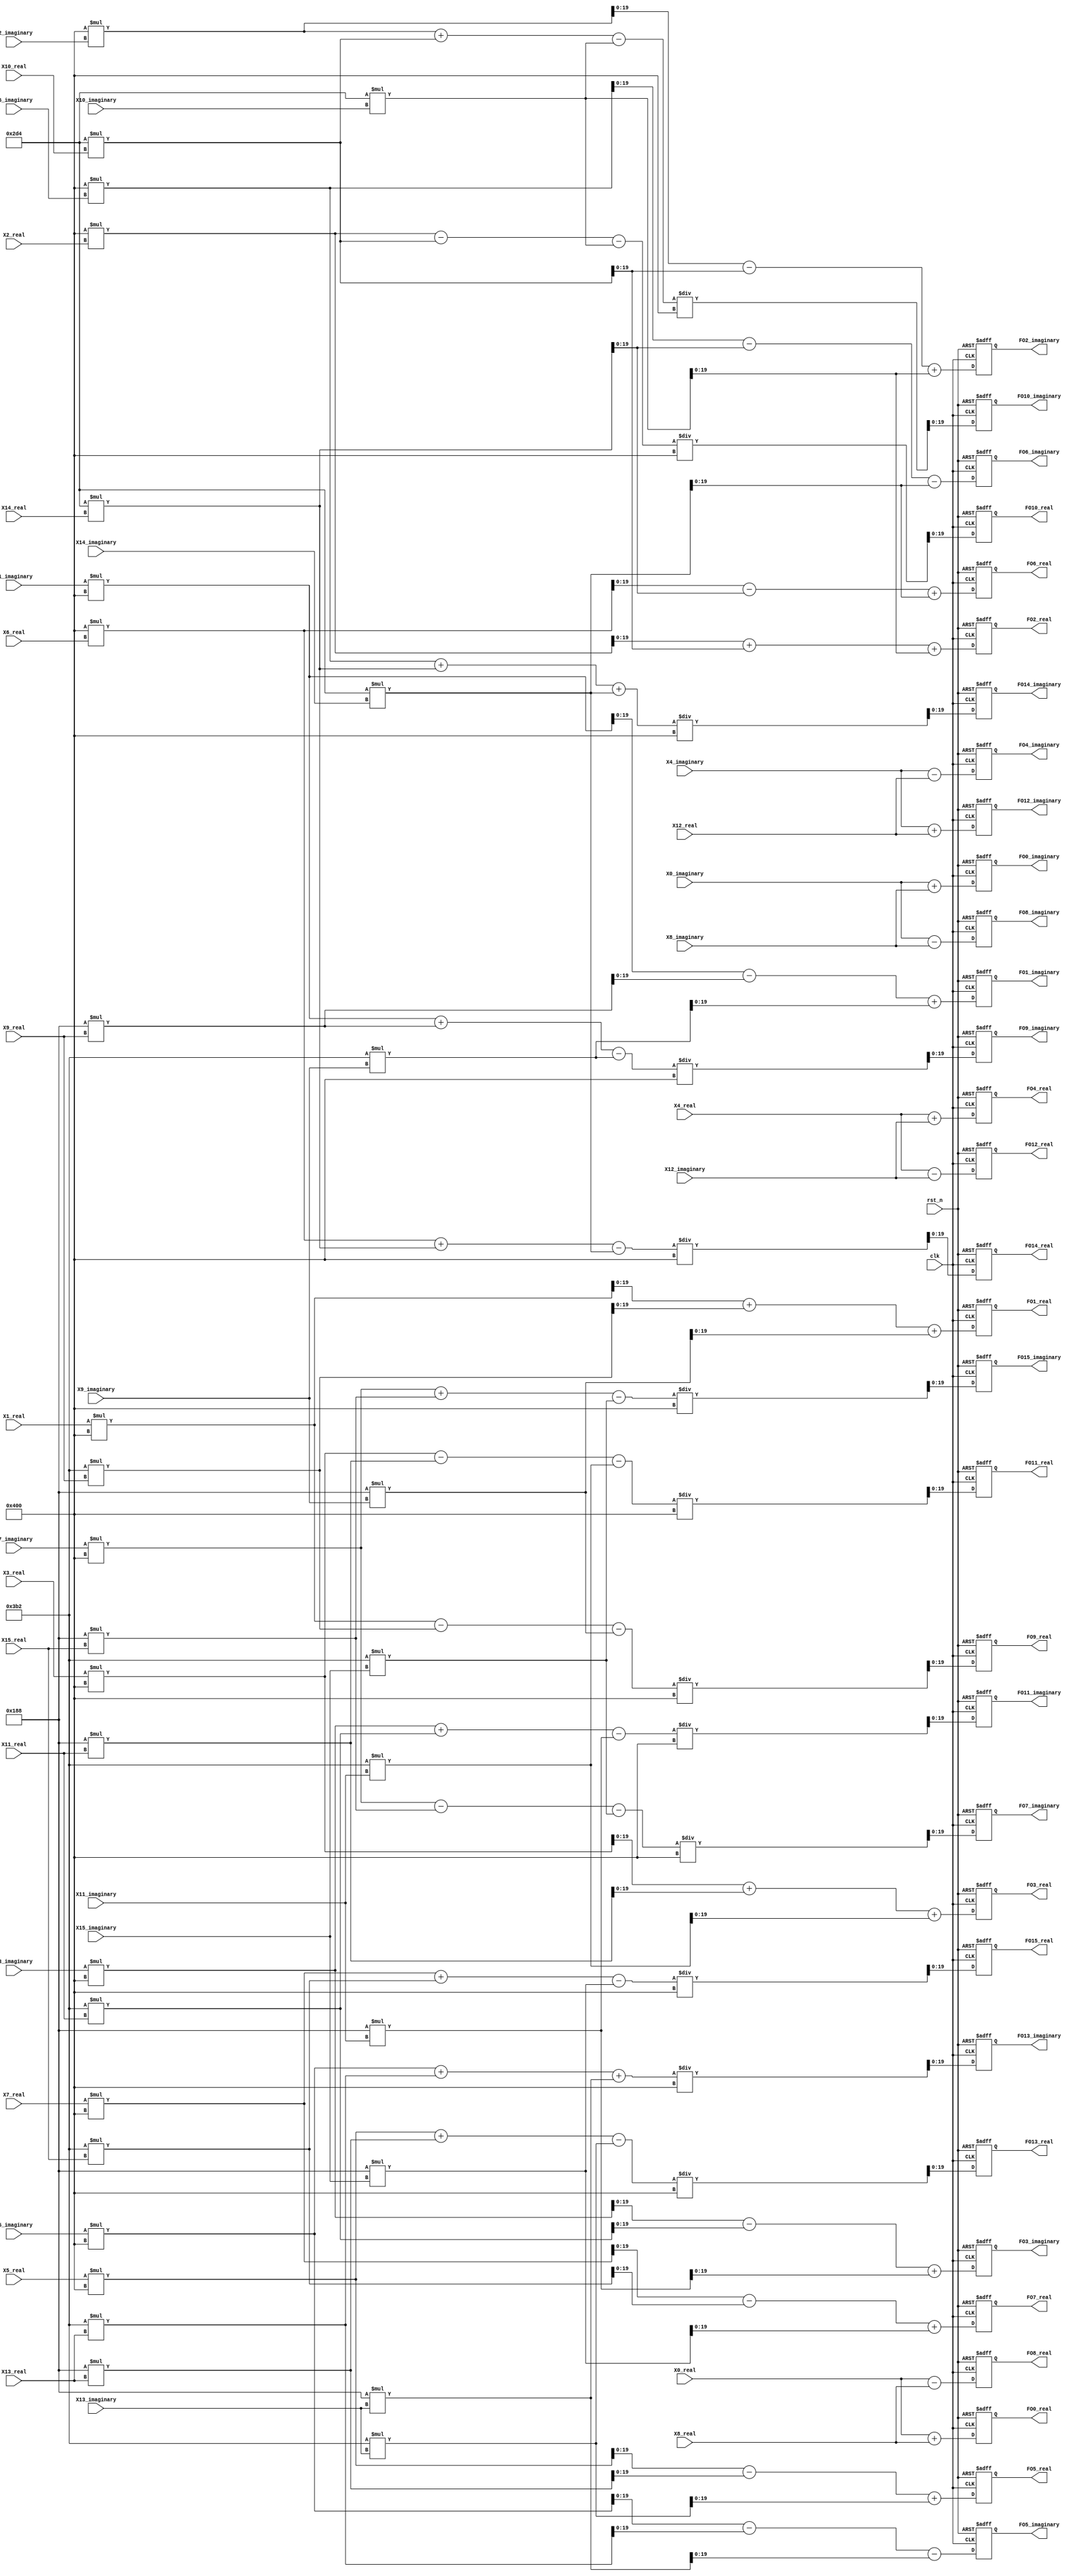
module Test_16_FFT_N16 (
	input clk,    // Clock
	input rst_n,  // Asynchronous reset active low
	
	input signed [18:0] X0_real,
	input signed [18:0] X0_imaginary,
	input signed [18:0] X1_real,
	input signed [18:0] X1_imaginary,
	input signed [18:0] X2_real,
	input signed [18:0] X2_imaginary,
	input signed [18:0] X3_real,
	input signed [18:0] X3_imaginary,
	input signed [18:0] X4_real,
	input signed [18:0] X4_imaginary,
	input signed [18:0] X5_real,
	input signed [18:0] X5_imaginary,
	input signed [18:0] X6_real,
	input signed [18:0] X6_imaginary,
	input signed [18:0] X7_real,
	input signed [18:0] X7_imaginary,
	input signed [18:0] X8_real,
	input signed [18:0] X8_imaginary,
	input signed [18:0] X9_real,
	input signed [18:0] X9_imaginary,
	input signed [18:0] X10_real,
	input signed [18:0] X10_imaginary,
	input signed [18:0] X11_real,
	input signed [18:0] X11_imaginary,
	input signed [18:0] X12_real,
	input signed [18:0] X12_imaginary,
	input signed [18:0] X13_real,
	input signed [18:0] X13_imaginary,
	input signed [18:0] X14_real,
	input signed [18:0] X14_imaginary,
	input signed [18:0] X15_real,
	input signed [18:0] X15_imaginary,

	output reg signed [19:0] FO0_real,
	output reg signed [19:0] FO0_imaginary,
	output reg signed [19:0] FO1_real,
	output reg signed [19:0] FO1_imaginary,
	output reg signed [19:0] FO2_real,
	output reg signed [19:0] FO2_imaginary,
	output reg signed [19:0] FO3_real,
	output reg signed [19:0] FO3_imaginary,
	output reg signed [19:0] FO4_real,
	output reg signed [19:0] FO4_imaginary,
	output reg signed [19:0] FO5_real,
	output reg signed [19:0] FO5_imaginary,
	output reg signed [19:0] FO6_real,
	output reg signed [19:0] FO6_imaginary,
	output reg signed [19:0] FO7_real,
	output reg signed [19:0] FO7_imaginary,
	output reg signed [19:0] FO8_real,
	output reg signed [19:0] FO8_imaginary,
	output reg signed [19:0] FO9_real,
	output reg signed [19:0] FO9_imaginary,
	output reg signed [19:0] FO10_real,
	output reg signed [19:0] FO10_imaginary,
	output reg signed [19:0] FO11_real,
	output reg signed [19:0] FO11_imaginary,
	output reg signed [19:0] FO12_real,
	output reg signed [19:0] FO12_imaginary,
	output reg signed [19:0] FO13_real,
	output reg signed [19:0] FO13_imaginary,
	output reg signed [19:0] FO14_real,
	output reg signed [19:0] FO14_imaginary,
	output reg signed [19:0] FO15_real,
	output reg signed [19:0] FO15_imaginary
);

	/*
	FO0 = (A_real + A_imaginary) + (B_real + B_imaginary) * 1
		= (A_real + B_real) + (A_imaginary + B_imaginary)
	*/
	always @(posedge clk or negedge rst_n) begin
		if(~rst_n) begin
			FO0_real <= 20'd0;
		end else begin
			FO0_real <= X0_real + X8_real;
		end
	end

	always @(posedge clk or negedge rst_n) begin
		if(~rst_n) begin
			FO0_imaginary <= 20'd0;
		end else begin
			FO0_imaginary <= X0_imaginary + X8_imaginary;
		end
	end

	/*
	FO1 = (A_real + A_imaginary) + (B_real + B_imaginary) * (0.924 - 0.383j)
		= (A_real + A_imaginary) + (0.924*B_real - 0.383*B_real_imaginary + 0.924*B_imaginary + 0.383*B_imaginary_real)
		= (A_real + 0.924*B_real + 0.383*B_imaginary_real) + (A_imaginary - 0.383*B_real_imaginary + 0.924*B_imaginary)
	*/
	always @(posedge clk or negedge rst_n) begin
		if(~rst_n) begin
			FO1_real <= 20'd0;
		end else begin
			FO1_real <= (X1_real * 1024 + 946 * X9_real + 392 * X9_imaginary);
		end
	end

	always @(posedge clk or negedge rst_n) begin
		if(~rst_n) begin
			FO1_imaginary <= 20'd0;
		end else begin
			FO1_imaginary <= (X1_imaginary * 1024 - 392 * X9_real + 946 * X9_imaginary);
		end
	end

	/*
	FO2 = (A_real + A_imaginary) + (B_real + B_imaginary) * (0.707 - 0.707j)
		= (A_real + A_imaginary) + 0.707*B_real - 0.707*B_real_imaginary + 0.707*B_imaginary + 0.707*B_imaginary_real
		= (A_real + 0.707*B_real + 0.707*B_imaginary_real) + (A_imaginary - 0.707*B_real_imaginary + 0.707*B_imaginary)
	*/
	always @(posedge clk or negedge rst_n) begin
		if(~rst_n) begin
			FO2_real <= 20'd0;
		end else begin
			FO2_real <= (1024 * X2_real + 724 * X10_real + 724 * X10_imaginary);
		end
	end

	always @(posedge clk or negedge rst_n) begin
		if(~rst_n) begin
			FO2_imaginary <= 20'd0;
		end else begin
			FO2_imaginary <= (1024 * X2_imaginary - 724 * X10_real + 724 * X10_imaginary);
		end
	end

	/*
	FO3 = (A_real + A_imaginary) + (B_real + B_imaginary) * (0.383 - 0.924j)
		= (A_real + A_imaginary) + (0.383*B_real - 0.924*B_real_imaginary + 0.383*B_imaginary + 0.924*B_imaginary_real)
		= (A_real + 0.383*B_real + 0.924*B_imaginary_real) + (A_imaginary - 0.924*B_real_imaginary + 0.383*B_imaginary)
	*/
	always @(posedge clk or negedge rst_n) begin
		if(~rst_n) begin
			FO3_real <= 20'd0;
		end else begin
			FO3_real <= (X3_real * 1024 + 392 * X11_real + 946 * X11_imaginary);
		end
	end

	always @(posedge clk or negedge rst_n) begin
		if(~rst_n) begin
			FO3_imaginary <= 20'd0;
		end else begin
			FO3_imaginary <= (X3_imaginary * 1024 - 946 * X11_real + 392 * X11_imaginary);
		end
	end

	/*
	FO4 = (A_real + A_imaginary) + (B_real + B_imaginary) * (-j)
		= (A_real + A_imaginary) -B_real_imaginary + B_imaginary_real
		= (A_real + B_imaginary_real) + (A_imaginary - B_real_imaginary)
	*/
	always @(posedge clk or negedge rst_n) begin
		if(~rst_n) begin
			FO4_real <= 20'd0;
		end else begin
			FO4_real <= X4_real + X12_imaginary;
		end
	end

	always @(posedge clk or negedge rst_n) begin
		if(~rst_n) begin
			FO4_imaginary <= 20'd0;
		end else begin
			FO4_imaginary <= X4_imaginary - X12_real;
		end
	end

	/*
	FO5 = (A_real + A_imaginary) + (B_real + B_imaginary) * (-0.383 - 0.924j)
		= (A_real + A_imaginary) + (-0.383*B_real - 0.924*B_real_imaginary - 0.383*B_imaginary + 0.924*B_imaginary_real)
		= (A_real - 0.383*B_real + 0.924*B_imaginary_real) + (A_imaginary - 0.924*B_real_imaginary - 0.383*B_imaginary)
	*/
	always @(posedge clk or negedge rst_n) begin
		if(~rst_n) begin
			FO5_real <= 20'd0;
		end else begin
			FO5_real <= (X5_real * 1024 - 392 * X13_real + 946 * X13_imaginary);
		end
	end

	always @(posedge clk or negedge rst_n) begin
		if(~rst_n) begin
			FO5_imaginary <= 20'd0;
		end else begin
			FO5_imaginary <= (X5_imaginary * 1024 - 946 * X13_real - 392 * X13_imaginary);
		end
	end

	/*
	FO6 = (A_real + A_imaginary) + (B_real + B_imaginary) * (-0.707 - 0.707j)
		= (A_real + A_imaginary) - 0.707*B_real - 0.707*B_real_imaginary - 0.707*B_imaginary + 0.707*B_imaginary_real
		= (A_real - 0.707*B_real + 0.707*B_imaginary_real) + (A_imaginary - 0.707*B_real_imaginary - 0.707*B_imaginary)
	*/
	always @(posedge clk or negedge rst_n) begin
		if(~rst_n) begin
			FO6_real <= 20'd0;
		end else begin
			FO6_real <= (1024 * X6_real - 724 * X14_real + 724 * X14_imaginary);
		end
	end

	always @(posedge clk or negedge rst_n) begin
		if(~rst_n) begin
			FO6_imaginary <= 20'd0;
		end else begin
			FO6_imaginary <= (1024 * X6_imaginary - 724 * X14_real - 724 * X14_imaginary);
		end
	end

	/*
	FO7 = (A_real + A_imaginary) + (B_real + B_imaginary) * (-0.924 - 0.383j)
		= (A_real + A_imaginary) + (-0.924*B_real - 0.383*B_real_imaginary - 0.924*B_imaginary + 0.383*B_imaginary_real)
		= (A_real - 0.924*B_real + 0.383*B_imaginary_real) + (A_imaginary - 0.383*B_real_imaginary - 0.924*B_imaginary)
	*/
	always @(posedge clk or negedge rst_n) begin
		if(~rst_n) begin
			FO7_real <= 20'd0;
		end else begin
			FO7_real <= (X7_real * 1024 - 946 * X15_real + 392 * X15_imaginary) ;
		end
	end

	always @(posedge clk or negedge rst_n) begin
		if(~rst_n) begin
			FO7_imaginary <= 20'd0;
		end else begin
			FO7_imaginary <= (X7_imaginary * 1024 - 392 * X15_real - 946 * X15_imaginary) / 1024;
		end
	end

	/*
	FO8 = (A_real + A_imaginary) + (B_real + B_imaginary) * (-1)
		= (A_real - B_real) + (A_imaginary - B_imaginary)
	*/
	always @(posedge clk or negedge rst_n) begin
		if(~rst_n) begin
			FO8_real <= 20'd0;
		end else begin
			FO8_real <= X0_real - X8_real;
		end
	end

	always @(posedge clk or negedge rst_n) begin
		if(~rst_n) begin
			FO8_imaginary <= 20'd0;
		end else begin
			FO8_imaginary <= X0_imaginary - X8_imaginary;
		end
	end

	/*
	FO9 = (A_real + A_imaginary) + (B_real + B_imaginary) * (-0.924 + 0.383j)
		= (A_real + A_imaginary) + (-0.924*B_real + 0.383*B_real_imaginary - 0.924*B_imaginary - 0.383*B_imaginary_real)
		= (A_real - 0.924*B_real - 0.383*B_imaginary_real) + (A_imaginary + 0.383*B_real_imaginary - 0.924*B_imaginary)
	*/
	always @(posedge clk or negedge rst_n) begin
		if(~rst_n) begin
			FO9_real <= 20'd0;
		end else begin
			FO9_real <= (X1_real * 1024 - 946 * X9_real - 392 * X9_imaginary) / 1024;
		end
	end

	always @(posedge clk or negedge rst_n) begin
		if(~rst_n) begin
			FO9_imaginary <= 20'd0;
		end else begin
			FO9_imaginary <= (X1_imaginary * 1024 + 392 * X9_real - 946 * X9_imaginary) / 1024;
		end
	end

	/*
	FO10 = (A_real + A_imaginary) + (B_real + B_imaginary) * (-0.707 + 0.707j)
		= (A_real + A_imaginary) + 0.707*B_real - 0.707*B_real_imaginary + 0.707*B_imaginary + 0.707*B_imaginary_real
		= (A_real - 0.707*B_real - 0.707*B_imaginary_real) + (A_imaginary + 0.707*B_real_imaginary - 0.707*B_imaginary)
	*/
	always @(posedge clk or negedge rst_n) begin
		if(~rst_n) begin
			FO10_real <= 20'd0;
		end else begin
			FO10_real <= (1024 * X2_real - 724 * X10_real - 724 * X10_imaginary) / 1024;
		end
	end

	always @(posedge clk or negedge rst_n) begin
		if(~rst_n) begin
			FO10_imaginary <= 20'd0;
		end else begin
			FO10_imaginary <= (1024 * X2_imaginary + 724 * X10_real - 724 * X10_imaginary) / 1024;
		end
	end

	/*
	FO11 = (A_real + A_imaginary) + (B_real + B_imaginary) * (-0.383 + 0.924j)
		= (A_real + A_imaginary) + (0.383*B_real - 0.924*B_real_imaginary + 0.383*B_imaginary + 0.924*B_imaginary_real)
		= (A_real - 0.383*B_real - 0.924*B_imaginary_real) + (A_imaginary + 0.924*B_real_imaginary - 0.383*B_imaginary)
	*/
	always @(posedge clk or negedge rst_n) begin
		if(~rst_n) begin
			FO11_real <= 20'd0;
		end else begin
			FO11_real <= (X3_real * 1024 - 392 * X11_real - 946 * X11_imaginary) / 1024;
		end
	end

	always @(posedge clk or negedge rst_n) begin
		if(~rst_n) begin
			FO11_imaginary <= 20'd0;
		end else begin
			FO11_imaginary <= (X3_imaginary * 1024 + 946 * X11_real - 392 * X11_imaginary) / 1024;
		end
	end

	/*
	FO12 = (A_real + A_imaginary) + (B_real + B_imaginary) * (j)
		= (A_real + A_imaginary) -B_real_imaginary + B_imaginary_real
		= (A_real - B_imaginary_real) + (A_imaginary + B_real_imaginary)
	*/
	always @(posedge clk or negedge rst_n) begin
		if(~rst_n) begin
			FO12_real <= 20'd0;
		end else begin
			FO12_real <= X4_real - X12_imaginary;
		end
	end

	always @(posedge clk or negedge rst_n) begin
		if(~rst_n) begin
			FO12_imaginary <= 20'd0;
		end else begin
			FO12_imaginary <= X4_imaginary + X12_real;
		end
	end

	/*
	FO13 = (A_real + A_imaginary) + (B_real + B_imaginary) * (0.383 + 0.924j)
		= (A_real + A_imaginary) + (-0.383*B_real - 0.924*B_real_imaginary - 0.383*B_imaginary + 0.924*B_imaginary_real)
		= (A_real + 0.383*B_real - 0.924*B_imaginary_real) + (A_imaginary + 0.924*B_real_imaginary + 0.383*B_imaginary)
	*/
	always @(posedge clk or negedge rst_n) begin
		if(~rst_n) begin
			FO13_real <= 20'd0;
		end else begin
			FO13_real <= (X5_real * 1024 + 392 * X13_real - 946 * X13_imaginary) / 1024;
		end
	end

	always @(posedge clk or negedge rst_n) begin
		if(~rst_n) begin
			FO13_imaginary <= 20'd0;
		end else begin
			FO13_imaginary <= (X5_imaginary * 1024 + 946 * X13_real + 392 * X13_imaginary) / 1024;
		end
	end

	/*
	FO14 = (A_real + A_imaginary) + (B_real + B_imaginary) * (0.707 + 0.707j)
		= (A_real + A_imaginary) - 0.707*B_real - 0.707*B_real_imaginary - 0.707*B_imaginary + 0.707*B_imaginary_real
		= (A_real + 0.707*B_real - 0.707*B_imaginary_real) + (A_imaginary + 0.707*B_real_imaginary + 0.707*B_imaginary)
	*/
	always @(posedge clk or negedge rst_n) begin
		if(~rst_n) begin
			FO14_real <= 20'd0;
		end else begin
			FO14_real <= (1024 * X6_real + 724 * X14_real - 724 * X14_imaginary) / 1024;
		end
	end

	always @(posedge clk or negedge rst_n) begin
		if(~rst_n) begin
			FO14_imaginary <= 20'd0;
		end else begin
			FO14_imaginary <= (1024 * X6_imaginary + 724 * X14_real + 724 * X14_imaginary) / 1024;
		end
	end

	/*
	FO15 = (A_real + A_imaginary) + (B_real + B_imaginary) * (0.924 + 0.383j)
		= (A_real + A_imaginary) + (-0.924*B_real - 0.383*B_real_imaginary - 0.924*B_imaginary + 0.383*B_imaginary_real)
		= (A_real + 0.924*B_real - 0.383*B_imaginary_real) + (A_imaginary + 0.383*B_real_imaginary + 0.924*B_imaginary)
	*/
	always @(posedge clk or negedge rst_n) begin
		if(~rst_n) begin
			FO15_real <= 20'd0;
		end else begin
			FO15_real <= (X7_real * 1024 + 946 * X15_real - 392 * X15_imaginary) / 1024;
		end
	end

	always @(posedge clk or negedge rst_n) begin
		if(~rst_n) begin
			FO15_imaginary <= 20'd0;
		end else begin
			FO15_imaginary <= (X7_imaginary * 1024 + 392 * X15_real - 946 * X15_imaginary) / 1024;
		end
	end

endmodule